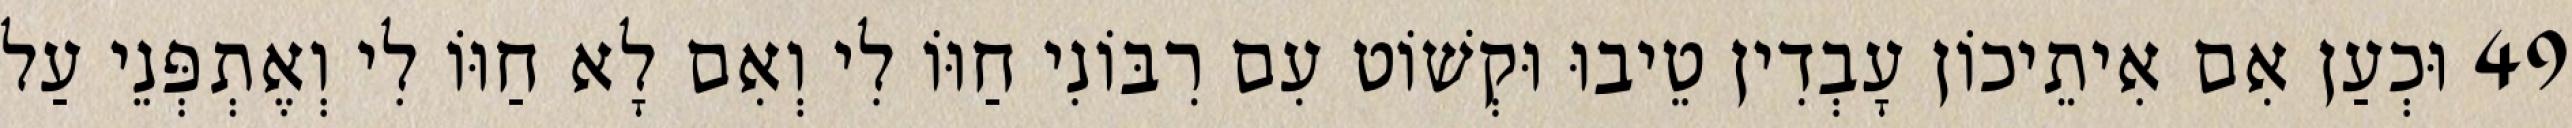
49 וּכְעַן אִם אִיתֵיכוֹן עָבְדִין טֵיבוּ וּקְשׁוֹט עִם רִבּוֹנִי חַוּוֹ לִי וְאִם לָא חַוּוֹ לִי וְאֶתְפְּנֵי עַל